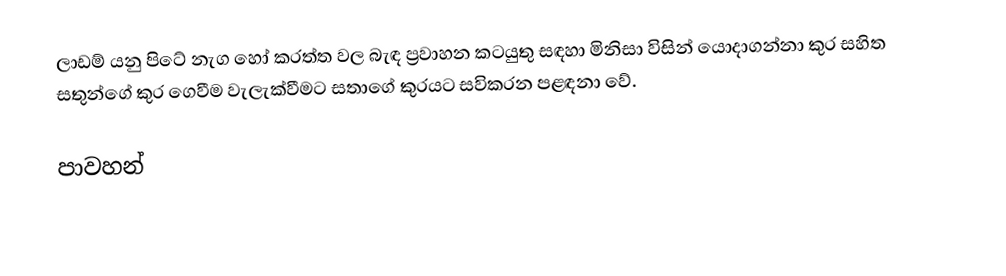
ලාඩම් යනු පිටේ නැග හෝ කරත්ත වල බැඳ ප්‍රවාහන කටයුතු සඳහා මිනිසා විසින් යොදාගන්නා කුර සහිත සතුන්ගේ කුර ගෙවීම වැලැක්වීමට සතාගේ කුරයට සවිකරන පළඳනා වේ.

පාවහන්